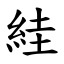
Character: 絓